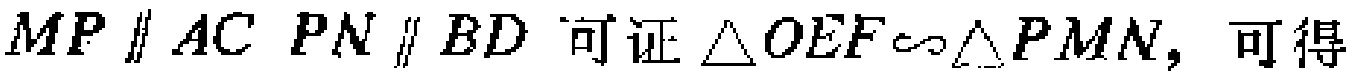
$MP\parallel AC\ PN\parallel BD\ 可证\triangle OEF\sim\triangle PMN,可得$